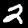
Label: 2